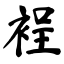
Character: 裎